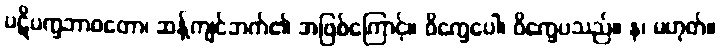
ပဋိပက္ခဘာဝတော၊ ဆန့်ကျင်ဘက်၏ အဖြစ်ကြောင့်။ ဝိက္ခေပေါ၊ ဝိက္ခေပသည်။ န၊ မဟုတ်။